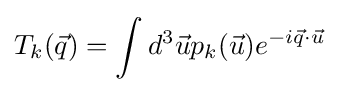
T_{k}({\vec {q}})=\int d^{3}{\vec {u}}p_{k}({\vec {u}})e^{-i{\vec {q}}\cdot {\vec {u}}}